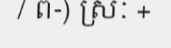
/ ព-) ស្រៈ +